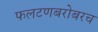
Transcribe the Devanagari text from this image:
फलटणबरोबरच